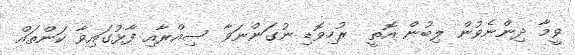
ވީމާ ދިންނެވުން ލިބުން އޮތީ  ރުހިވޮޑި ނުގަންނަވާ ސިއްރާއި ފާޅުގައިވާ ކަންތައް